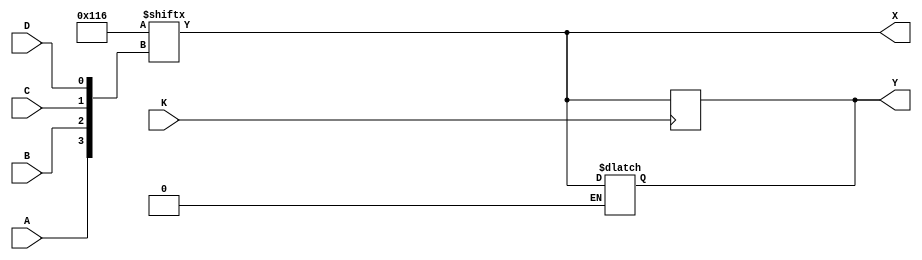
module clb53(
	   input  A,
	   input  B,
	   input  C,
	   input  D,
	   input  K,
	   output X,
	   output Y
    /*AUTOARG*/);

   reg [2-1:0]	  mux2select;
   reg [2-1:0] 	  mux3select;
   reg [2-1:0]	  mux4select;
   reg [2-1:0] 	  mux5select;
   reg [2-1:0] 	  mux6select;
   reg 		  o2m1_0,o2m1_1;
   reg 		  o2m2_0,o2m2_1;
   reg 		  o2m3_0,o2m3_1;
   reg  	  DQmux1,DQmux2;
   reg        Q;
   reg [16-1:0]   mem;
   reg [2-1:0] 	  comboption;
   reg 		  floporlatch; 		  
   wire 	  F,G,S,R,KLK,DQ1,DQ2;

   
   assign DQ1 = (DQmux1==1'b0)?D:Q;
   assign DQ2 = (DQmux2==1'b0)?D:Q;
   
   assign #1 F  = (comboption==2'b00)?mem[{A,B,C,DQ1}]:((comboption==2'b01)?mem[{1'b0,(o2m1_0==1'b0)?A:B,(o2m2_0==1'b0)?B:C,(o2m3_0==1'b0)?C:DQ1}]:((B==1'b0)?mem[{1'b0,A,C,DQ1}]:mem[{1'b1,A,C,DQ2}]));
						   
   assign #1 G  = (comboption==2'b00)?mem[{A,B,C,DQ1}]:((comboption==2'b01)?mem[{1'b1,(o2m1_1==1'b0)?A:B,(o2m2_1==1'b0)?B:C,(o2m3_1==1'b0)?C:DQ2}]:((B==1'b0)?mem[{1'b0,A,C,DQ1}]:mem[{1'b1,A,C,DQ2}]));	
   assign S  = (mux2select==2'b00)?A:((mux2select==2'b01)?F:1'b0);
  
   assign R  = (mux4select==2'b00)?D:((mux4select==2'b01)?G:1'b0);

   assign KLK= (mux3select==2'b00)?G:((mux3select==2'b01)?C:K);

   assign X = (mux5select==2'b00)?F:((mux5select==2'b01)?G:Q);

   assign Y = (mux6select==2'b00)?Q:((mux6select==2'b01)?G:F);
   
   initial
     begin
	mux2select=2'b10;
	mux3select=2'b10;
	mux4select=2'b10;
	mux5select=2'b00;
	mux6select=2'b00;
	mem=16'b0000000100010110;
	comboption=2'b00;
	o2m1_0=1'b0;
	o2m2_0=1'b0;
	o2m3_0=1'b0;
	o2m1_1=1'b1;
	o2m2_1=1'b1;
	o2m3_1=1'b1;
	DQmux1=1'b0;
	DQmux2=1'b0;
	floporlatch=1'b0;
	Q=1'b0;
     end // initial begin

   always @( posedge KLK ) begin
      if(floporlatch==1'b0)
	begin
	   if(S==1'b0 && R==1'b0) Q <= F;
	   if(R==1'b1)            Q <= 1'b0;
	   if(S==1'b1 && R==1'b0) Q <= 1'b1;
	end
     end
     
   always @(KLK,F) begin
	if(floporlatch==1'b1 && KLK)
	  begin
	   if(S==1'b0 && R==1'b0) Q <= F;
	   if(R==1'b1)            Q <= 1'b0;
	   if(S==1'b1 && R==1'b0) Q <= 1'b1;
	  end
     end
   
endmodule // clb